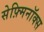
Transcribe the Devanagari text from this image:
सेफ़्मिनॉक्स